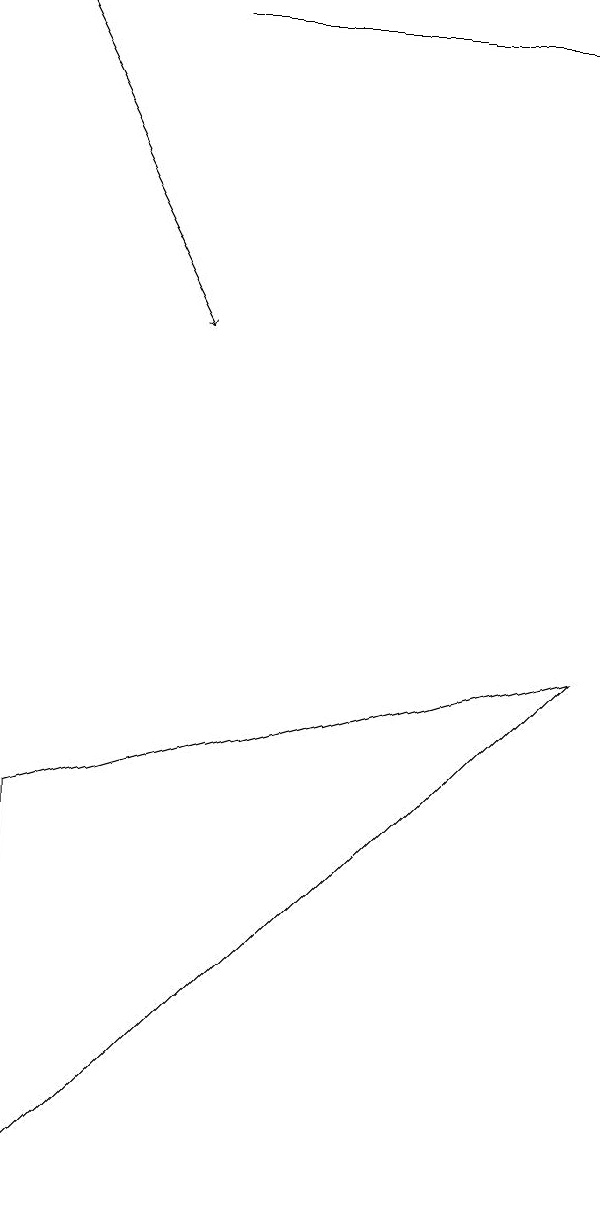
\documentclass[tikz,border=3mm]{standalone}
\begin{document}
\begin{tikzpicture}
\draw[->] (0,16) -- (2,12);
\draw (7,16) rectangle (2,16);
\draw (0,6) -- (7,8) -- (0,1) -- cycle;
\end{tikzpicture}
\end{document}